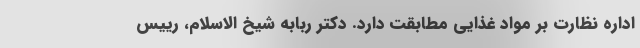
اداره نظارت بر مواد غذایی مطابقت دارد. دکتر ربابه شیخ الاسلام، رییس